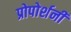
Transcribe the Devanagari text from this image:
प्रोपोर्शनी